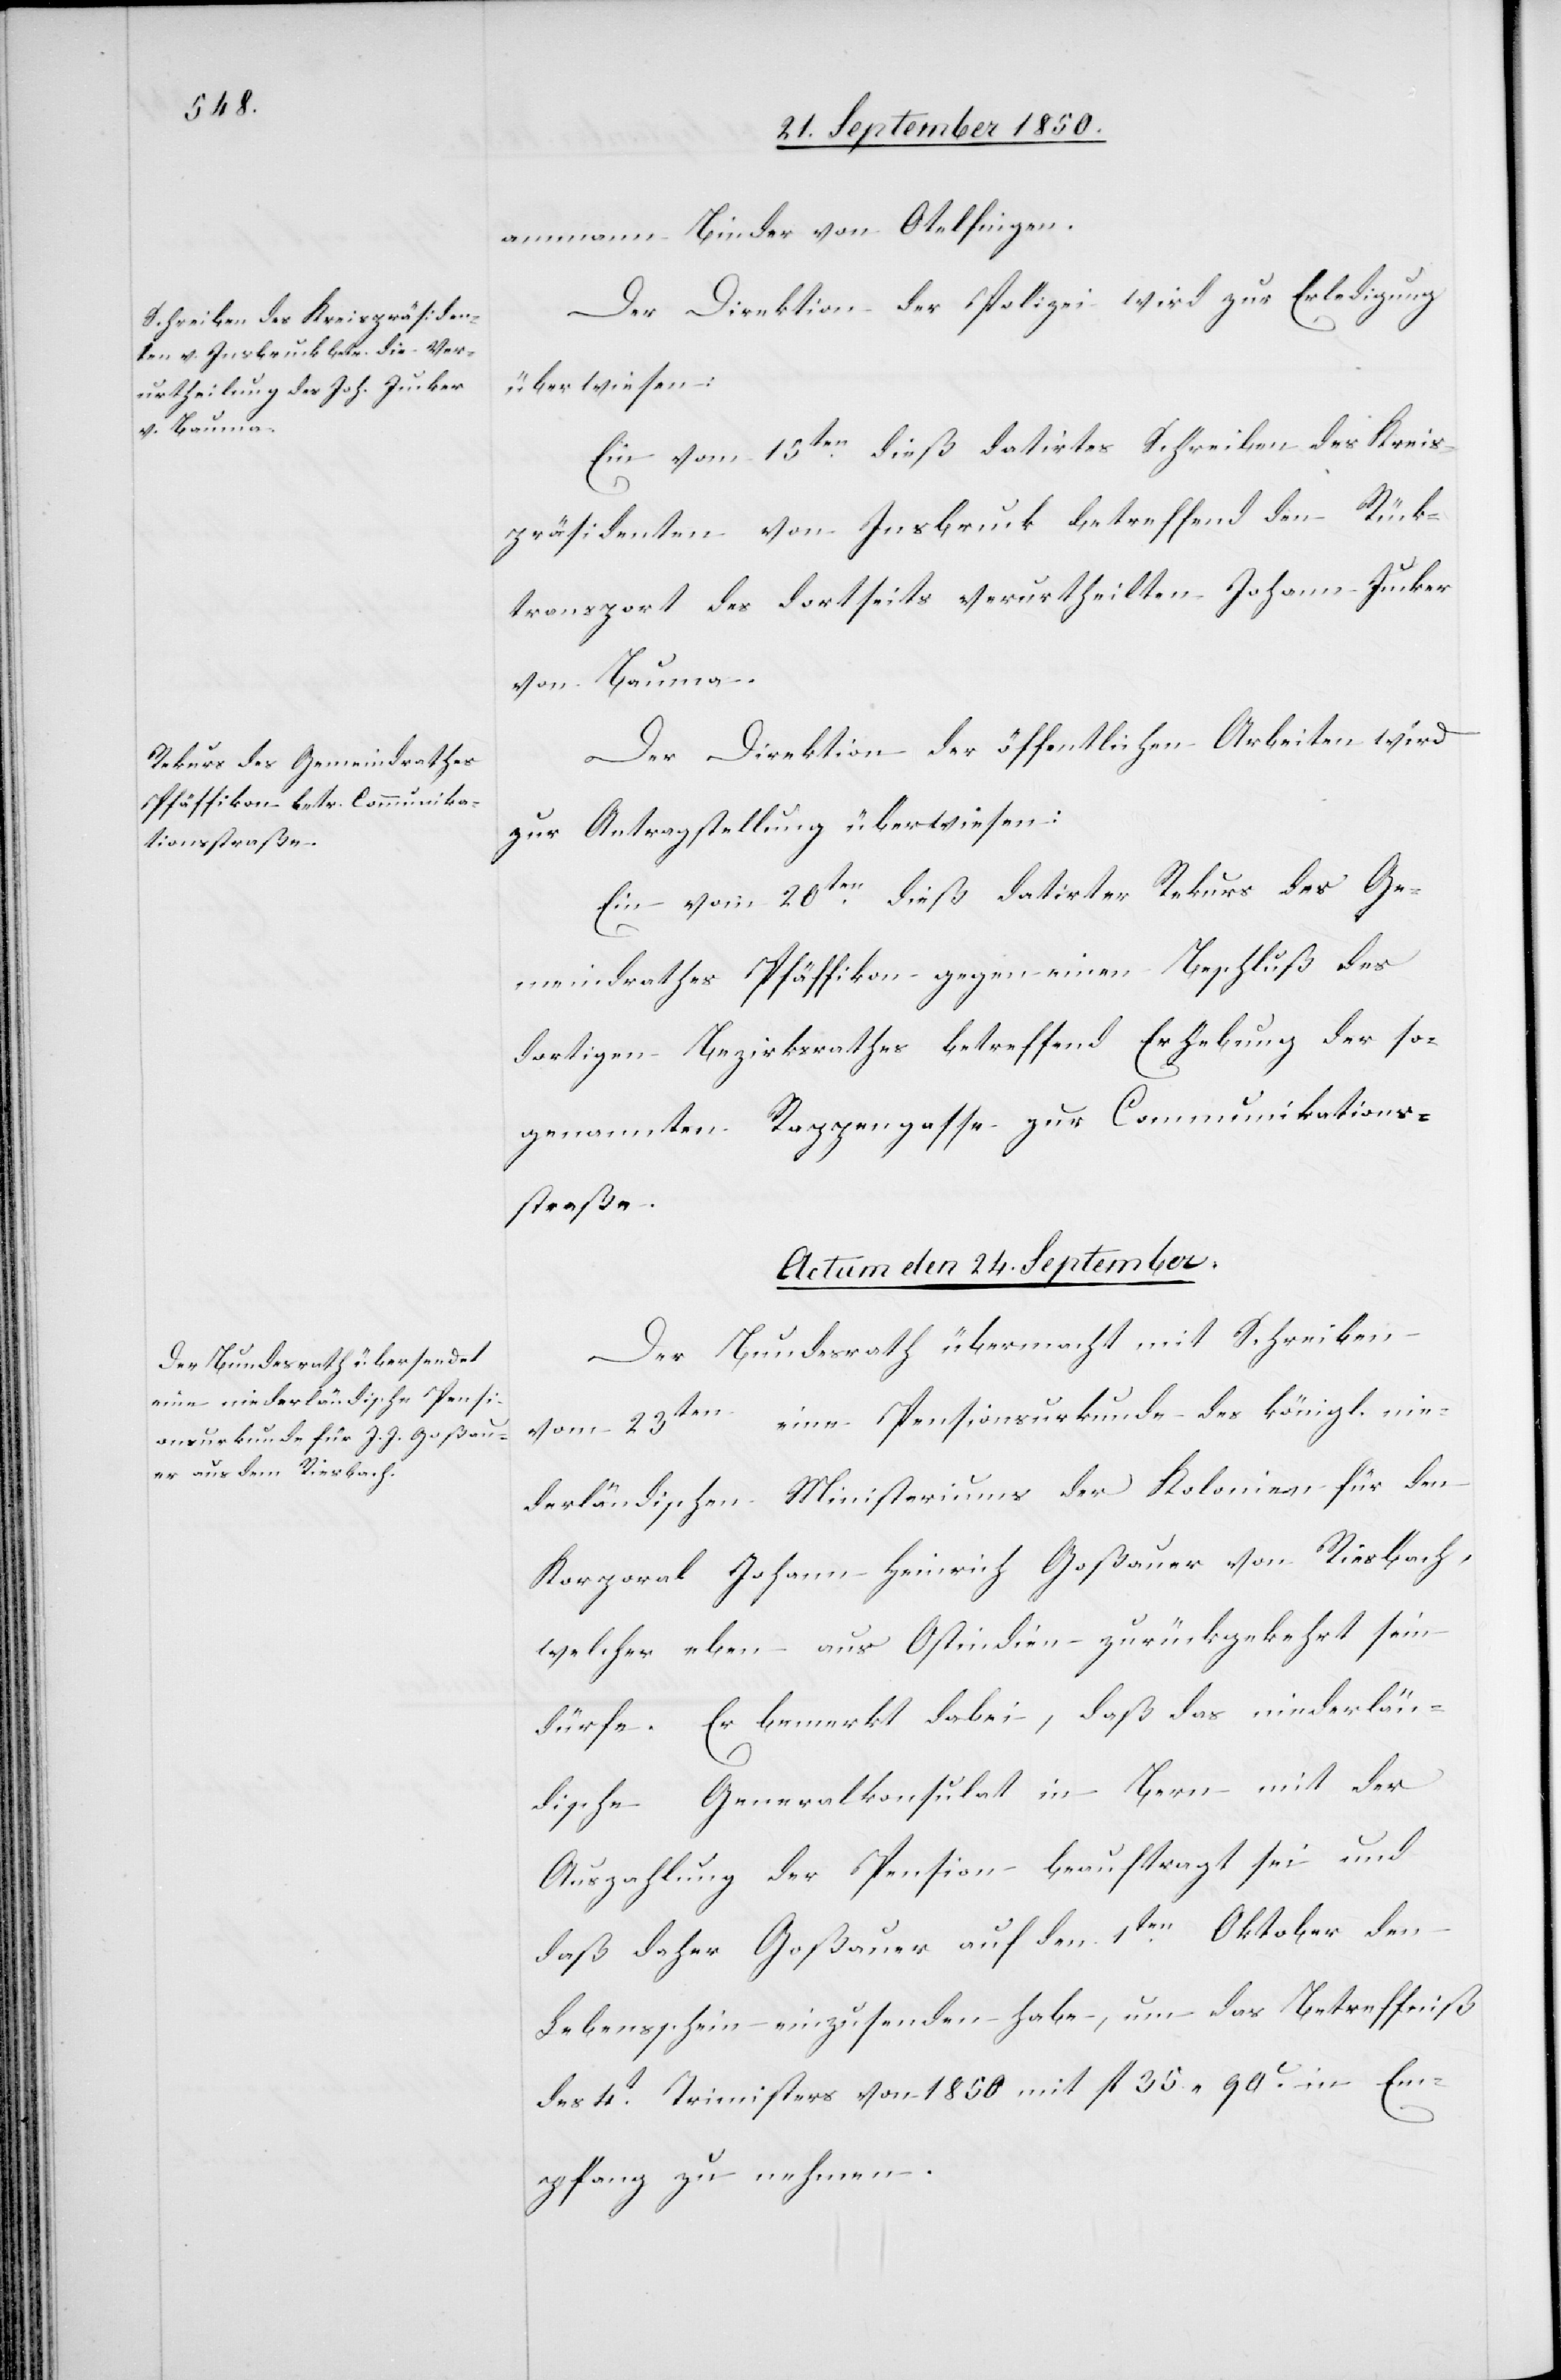
ammann Binder von Otelfingen.
Der Direktion der Polizei wird zur Erledigung
überwiesen:
Ein vom 15ten dieß datirtes Schreiben des Kreis¬
präsidenten von Insbruck betreffend den Rück¬
transport des dortseits verurtheilten Johann Jucker
von Bauma.
Der Direktion der öffentlichen Arbeiten wird
zur Antragstellung überwiesen:
Ein vom 20ten dieß datirter Rekurs des Ge¬
meindrathes Pfäffikon gegen einen Beschluß des
dortigen Bezirksrathes betreffend Erhebung der so¬
genannten Rappengasse zur Communikations¬
straße.
Actum den 24. September.
Der Bundesrath übermacht mit Schreiben
vom 23ten eine Pensionsurkunde des königl. nie¬
derländischen Ministeriums der Kolonien für den
Korporal Johann Heinrich [sic!] Goßauer von Riesbach,
welcher eben aus Ostindien zurückgekehrt sein
dürfe. Es bemerkt dabei, daß das niederlän¬
dische Generalkonsulat in Bern mit der
Auszahlung der Pension beauftragt sei und
daß daher Goßauer auf den 1ten Oktober den
Lebensschein einzusenden habe, um das Betreffniß
des 4t Trimisters von 1850 mit fl 35. [?90 ?] in Em¬
pfang zu nehmen.